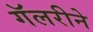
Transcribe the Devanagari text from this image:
गॅलरीने